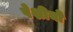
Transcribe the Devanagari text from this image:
पेशीयोँ